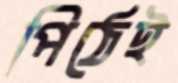
পিঠেই